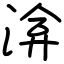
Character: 渰